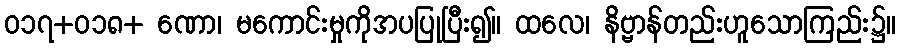
ဝ၁၇+၀၁၈+ ဏော၊ မကောင်းမှုကိုအပပြုပြီး၍။ ထလေ၊ နိဗ္ဗာန်တည်းဟူသောကြည်း၌။